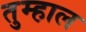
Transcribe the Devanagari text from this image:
तुम्हाल